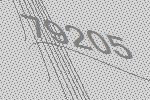
79205